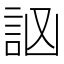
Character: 𧦆